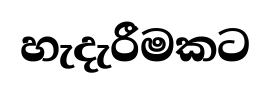
හැදැරීමකට